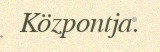
Központja.